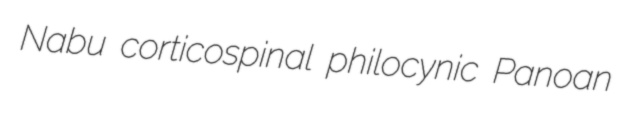
Nabu corticospinal philocynic Panoan